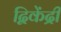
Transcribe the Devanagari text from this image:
द्विकेंद्री